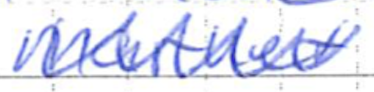
Text: market
Cross-out: zig-zag
Writing tool: ballpoint